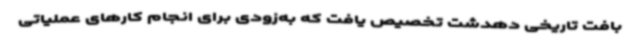
بافت تاریخی دهدشت تخصیص یافت که به‌زودی برای انجام کارهای عملیاتی